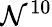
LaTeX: \mathcal{N}^{10}